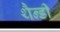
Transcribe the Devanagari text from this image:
थैन्डी